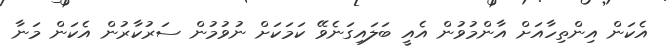
އެކަން އިންތިހާއަށް އާންމުވުން އެއީ ބަލައިގަނެވޭ ކަމަކަށް ނުވުމުން ސަރުކާރުން އެކަން މަނާ